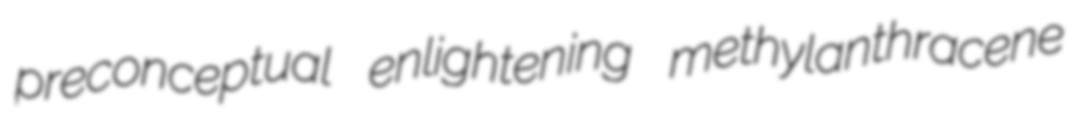
preconceptual enlightening methylanthracene